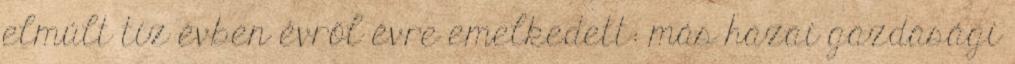
elmúlt tíz évben évről évre emelkedett: más hazai gazdasági